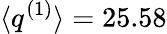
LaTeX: \langle q^{(1)}\rangle=25.58